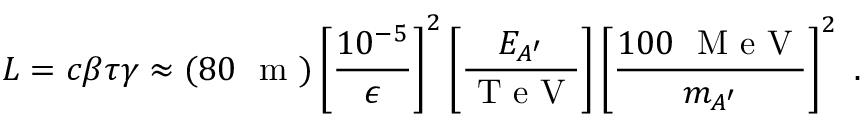
L = c \beta \tau \gamma \approx ( 8 0 ~ \mathrm { ~ m ~ } ) \left[ \frac { 1 0 ^ { - 5 } } { \epsilon } \right] ^ { 2 } \left[ \frac { E _ { A ^ { \prime } } } { \mathrm { ~ T ~ e ~ V ~ } } \right] \left[ \frac { 1 0 0 ~ \mathrm { ~ M ~ e ~ V ~ } } { m _ { A ^ { \prime } } } \right] ^ { 2 } \ .